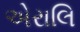
એરાલિ